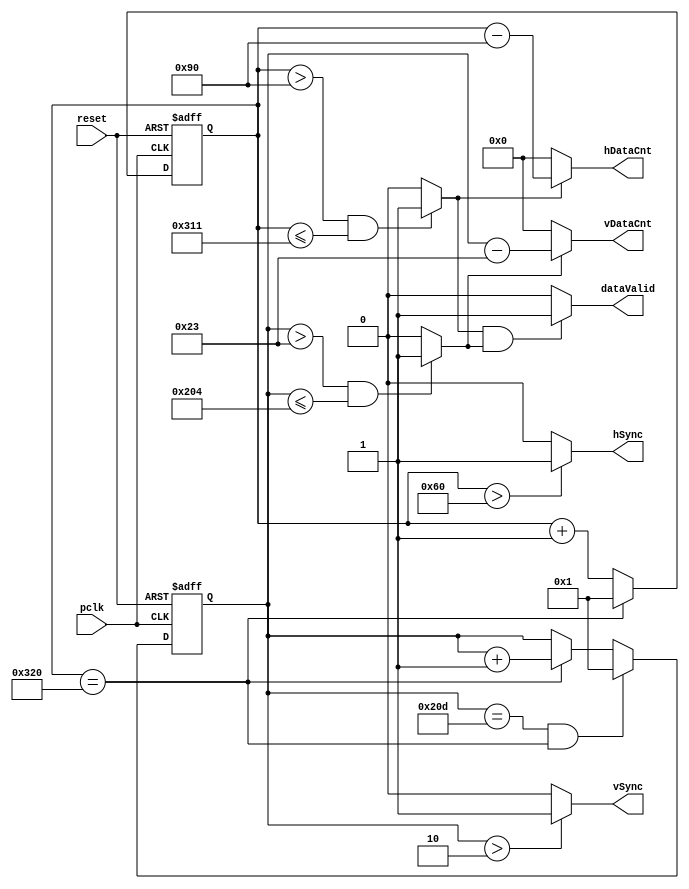
module SyncGeneration(pclk, reset, hSync, vSync, dataValid, hDataCnt, vDataCnt);
  
   input        pclk;
   input        reset;
   output       hSync;
   output       vSync;
   output       dataValid;
   output [9:0] hDataCnt;
   output [9:0] vDataCnt ;
 

   parameter    H_SP_END = 96;
   parameter    H_BP_END = 144;
   parameter    H_FP_START = 785;
   parameter    H_TOTAL = 800;
   
   parameter    V_SP_END = 2;
   parameter    V_BP_END = 35;
   parameter    V_FP_START = 516;
   parameter    V_TOTAL = 525;

   reg [9:0]    x_cnt,y_cnt;
   wire         h_valid,v_valid;
     
   always @(negedge reset or posedge pclk) begin
      if (!reset)
         x_cnt <= 10'd1;
      else begin
         if (x_cnt == H_TOTAL)
            x_cnt <= 10'd1;
         else
            x_cnt <= x_cnt + 1;
      end
   end
   
   always @(posedge pclk or negedge reset) begin
      if (!reset)
         y_cnt <= 10'd1;
      else begin
         if (y_cnt == V_TOTAL & x_cnt == H_TOTAL)
            y_cnt <= 1;
         else if (x_cnt == H_TOTAL)
            y_cnt <= y_cnt + 1;
         else y_cnt<=y_cnt;
      end
   end
   
   assign hSync = ((x_cnt > H_SP_END)) ? 1'b1 : 1'b0;
   assign vSync = ((y_cnt > V_SP_END)) ? 1'b1 : 1'b0;
   
   // Check P7 for horizontal timing   
   assign h_valid = ((x_cnt > H_BP_END) & (x_cnt <= H_FP_START)) ? 1'b1 : 1'b0;
   // Check P9 for vertical timing
   assign v_valid = ((y_cnt > V_BP_END) & (y_cnt <= V_FP_START)) ? 1'b1 : 1'b0;
   
   assign dataValid = ((h_valid == 1'b1) & (v_valid == 1'b1)) ? 1'b1 :  1'b0;
   
   // hDataCnt from 1 if h_valid==1
   assign hDataCnt = ((h_valid == 1'b1)) ? x_cnt - H_BP_END : 10'b0;
   // vDataCnt from 1 if v_valid==1
   assign vDataCnt = ((v_valid == 1'b1)) ? y_cnt - V_BP_END : 10'b0; 
            
   
endmodule